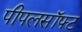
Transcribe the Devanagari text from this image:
पीपलसॉफ्ट